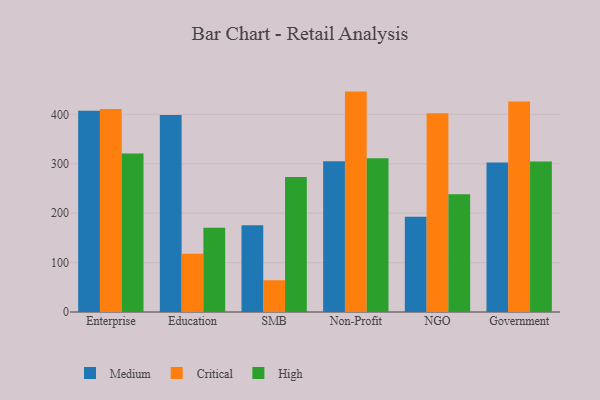
{"axis": {"x": "Segment", "y": "Temperature (°C)"}, "legend": ["Critical", "High", "Medium"], "data": [{"x": "Enterprise", "y": 407.5, "type": "Medium"}, {"x": "Enterprise", "y": 411.0, "type": "Critical"}, {"x": "Enterprise", "y": 320.5, "type": "High"}, {"x": "Education", "y": 398.5, "type": "Medium"}, {"x": "Education", "y": 117.8, "type": "Critical"}, {"x": "Education", "y": 170.7, "type": "High"}, {"x": "SMB", "y": 175.3, "type": "Medium"}, {"x": "SMB", "y": 64.2, "type": "Critical"}, {"x": "SMB", "y": 273.3, "type": "High"}, {"x": "Non-Profit", "y": 305.1, "type": "Medium"}, {"x": "Non-Profit", "y": 446.0, "type": "Critical"}, {"x": "Non-Profit", "y": 311.2, "type": "High"}, {"x": "NGO", "y": 192.7, "type": "Medium"}, {"x": "NGO", "y": 402.1, "type": "Critical"}, {"x": "NGO", "y": 238.4, "type": "High"}, {"x": "Government", "y": 302.5, "type": "Medium"}, {"x": "Government", "y": 426.2, "type": "Critical"}, {"x": "Government", "y": 304.5, "type": "High"}]}